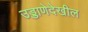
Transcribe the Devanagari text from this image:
उड्डाणेदेखील